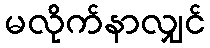
မလိုက်နာလျှင်